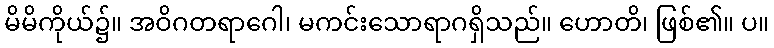
မိမိကိုယ်၌။ အဝိဂတရာဂေါ၊ မကင်းသောရာဂရှိသည်။ ဟောတိ၊ ဖြစ်၏။ ပ။